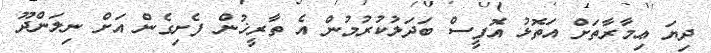
ދިޔަ ޢިމާރާތަށް އަތޮޅު އޮފީސް ބަދަލުކުރުމުން އެ ތާރީޚުން ފެށިގެން އަށް ނިލަންދޫ